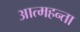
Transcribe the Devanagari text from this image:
आत्महन्ता